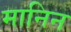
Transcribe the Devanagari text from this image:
मानिन